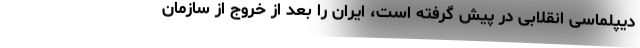
دیپلماسی انقلابی در پیش گرفته است، ایران را بعد از خروج از سازمان